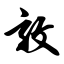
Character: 敦